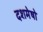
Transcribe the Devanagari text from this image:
दशमेषो